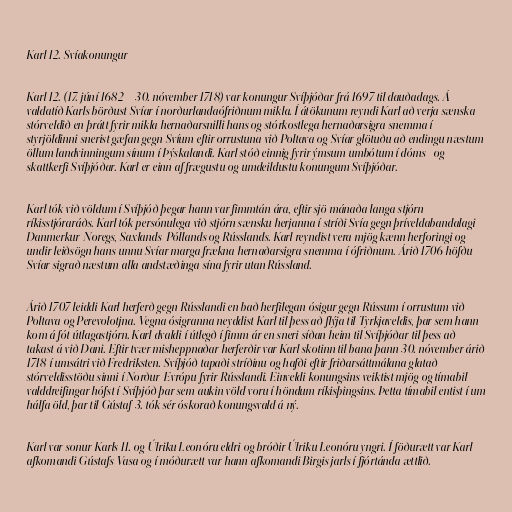
Karl 12. Svíakonungur

Karl 12. (17. júní 1682 – 30. nóvember 1718) var konungur Svíþjóðar frá 1697 til dauðadags. Á
valdatíð Karls börðust Svíar í norðurlandaófriðnum mikla. Í átökunum reyndi Karl að verja sænska
stórveldið en þrátt fyrir mikla hernaðarsnilli hans og stórkostlega hernaðarsigra snemma í
styrjöldinni snerist gæfan gegn Svíum eftir orrustuna við Poltava og Svíar glötuðu að endingu næstum
öllum landvinningum sínum í Þýskalandi. Karl stóð einnig fyrir ýmsum umbótum í dóms- og
skattkerfi Svíþjóðar. Karl er einn af frægustu og umdeildustu konungum Svíþjóðar.

Karl tók við völdum í Svíþjóð þegar hann var fimmtán ára, eftir sjö mánaða langa stjórn
ríkisstjóraráðs. Karl tók persónulega við stjórn sænsku herjanna í stríði Svía gegn þríveldabandalagi
Danmerkur-Noregs, Saxlands-Póllands og Rússlands. Karl reyndist vera mjög kænn herforingi og
undir leiðsögn hans unnu Svíar marga frækna hernaðarsigra snemma í ófriðnum. Árið 1706 höfðu
Svíar sigrað næstum alla andstæðinga sína fyrir utan Rússland.

Árið 1707 leiddi Karl herferð gegn Rússlandi en bað herfilegan ósigur gegn Rússum í orrustum við
Poltava og Perevolotjna. Vegna ósigranna neyddist Karl til þess að flýja til Tyrkjaveldis, þar sem hann
kom á fót útlagastjórn. Karl dvaldi í útlegð í fimm ár en sneri síðan heim til Svíþjóðar til þess að
takast á við Dani. Eftir tvær misheppnaðar herferðir var Karl skotinn til bana þann 30. nóvember árið
1718 í umsátri við Fredriksten. Svíþjóð tapaði stríðinu og hafði eftir friðarsáttmálana glatað
stórveldisstöðu sinni í Norður-Evrópu fyrir Rússlandi. Einveldi konungsins veiktist mjög og tímabil
valddreifingar hófst í Svíþjóð þar sem aukin völd voru í höndum ríkisþingsins. Þetta tímabil entist í um
hálfa öld, þar til Gústaf 3. tók sér óskorað konungsvald á ný.

Karl var sonur Karls 11. og Úlriku Leonóru eldri og bróðir Úlriku Leonóru yngri. Í föðurætt var Karl
afkomandi Gústafs Vasa og í móðurætt var hann afkomandi Birgis jarls í fjórtánda ættlið.